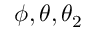
\phi , \theta , \theta _ { 2 }